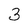
Character: 3